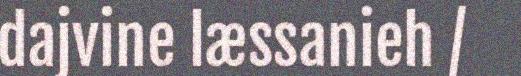
dajvine læssanieh /